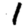
Digit: 1